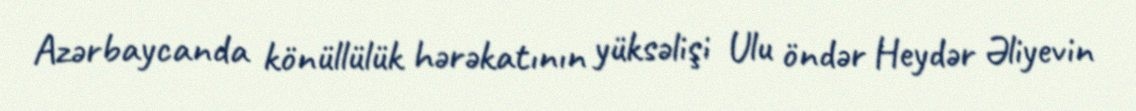
Azərbaycanda könüllülük hərəkatının yüksəlişi Ulu öndər Heydər Əliyevin